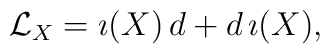
{\cal L}_{X} = \imath(X) \, d + d \, \imath(X),